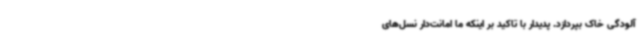
آلودگی خاک بپردازد. پدیدار با تاکید بر اینکه ما امانت‌دار نسل‌های